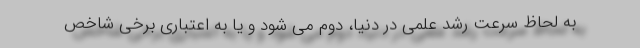
به لحاظ سرعت رشد علمی در دنیا، دوم می شود و یا به اعتباری برخی شاخص